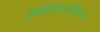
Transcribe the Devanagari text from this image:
टैकीफिलेक्सिस